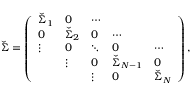
\check { \Sigma } = \left( \begin{array} { l l l l l } { \check { \Sigma } _ { 1 } } & { 0 } & { \cdots } & & \\ { 0 } & { \check { \Sigma } _ { 2 } } & { 0 } & { \cdots } & \\ { \vdots } & { 0 } & { \ddots } & { 0 } & { \cdots } \\ & { \vdots } & { 0 } & { \check { \Sigma } _ { N - 1 } } & { 0 } \\ & & { \vdots } & { 0 } & { \check { \Sigma } _ { N } } \end{array} \right) ,